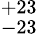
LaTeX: ^{+23}_{-23}